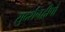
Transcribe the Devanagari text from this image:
सुदर्शनद्वीपो